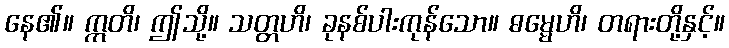
နေ၏။ ဣတိ၊ ဤသို့။ သတ္တဟိ၊ ခုနစ်ပါးကုန်သော။ ဓမ္မေဟိ၊ တရားတို့နှင့်။